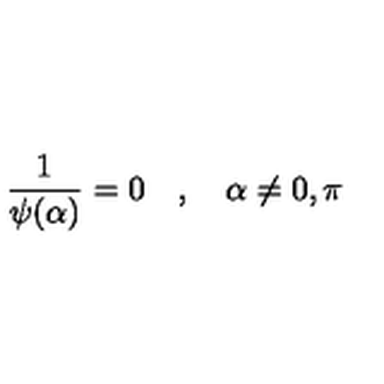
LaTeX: { \frac { 1 } { \psi ( \alpha ) } } = 0 \quad , \quad \alpha \neq 0 , \pi